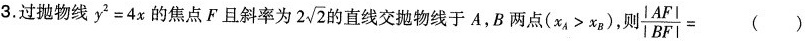
3.过抛物线$$y^{2}=4x$$的焦点F且斜率为2 \sqrt{2}直线交抛物线于 A,B 两点($$x_{A}>x_{B}$$),则$$\frac{|AF|}{|BF|}=( )$$